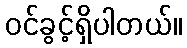
ဝင်ခွင့်ရှိပါတယ်။